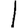
Digit: 1